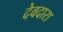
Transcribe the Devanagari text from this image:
देवदारा